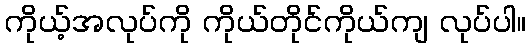
ကိုယ့်အလုပ်ကို ကိုယ်တိုင်ကိုယ်ကျ လုပ်ပါ။